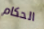
الحكام